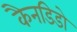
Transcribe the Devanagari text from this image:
कैनडिडो